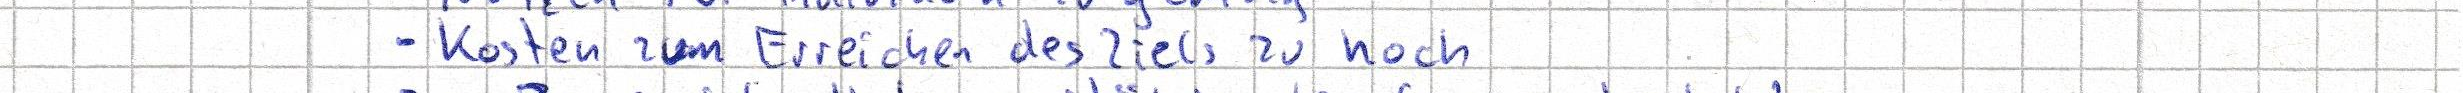
- Kosten zum Erreichen des Ziels zu hoch